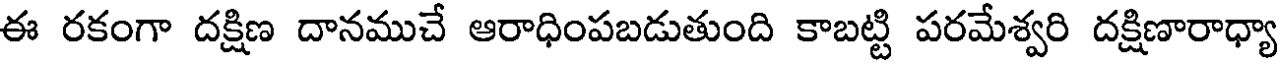
ఈ రకంగా దక్షిణ దానముచే ఆరాధింపబడుతుంది కాబట్టి పరమేశ్వరి దక్షిణారాధ్యా